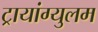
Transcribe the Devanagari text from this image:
ट्रायांग्युलम